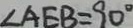
\angle A E B = 9 0 ^ { \circ }